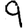
Digit: 9